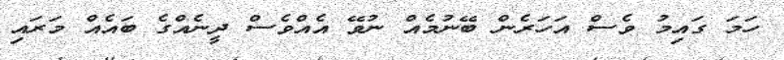
ހަމަ ގައިމު ވެސް އަހަރެން ބޭނުމެއް ނުވޭ އެއްވެސް ދީނެއްގެ ބައެއް މަރައި